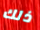
ذلك